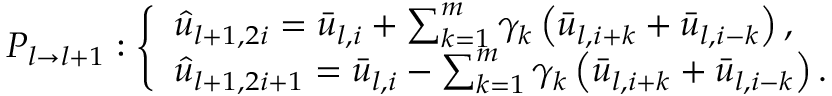
P _ { l \rightarrow l + 1 } : \left\{ \begin{array} { l } { \hat { u } _ { l + 1 , 2 i } = \bar { u } _ { l , i } + \sum _ { k = 1 } ^ { m } \gamma _ { k } \left( \bar { u } _ { l , i + k } + \bar { u } _ { l , i - k } \right) , } \\ { \hat { u } _ { l + 1 , 2 i + 1 } = \bar { u } _ { l , i } - \sum _ { k = 1 } ^ { m } \gamma _ { k } \left( \bar { u } _ { l , i + k } + \bar { u } _ { l , i - k } \right) . } \end{array} \right.